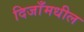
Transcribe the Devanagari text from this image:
दिजाँमधील